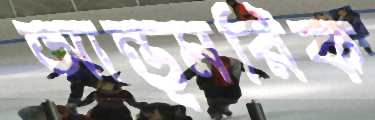
আন্ত্মরিক